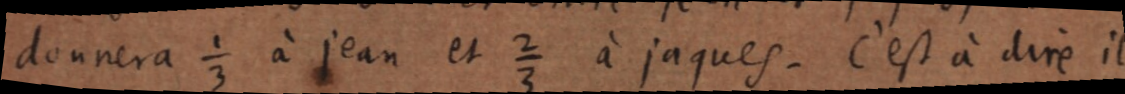
donnera ⅓ à jean et ⅔ à jaques. C’est à dire il